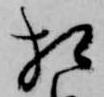
相